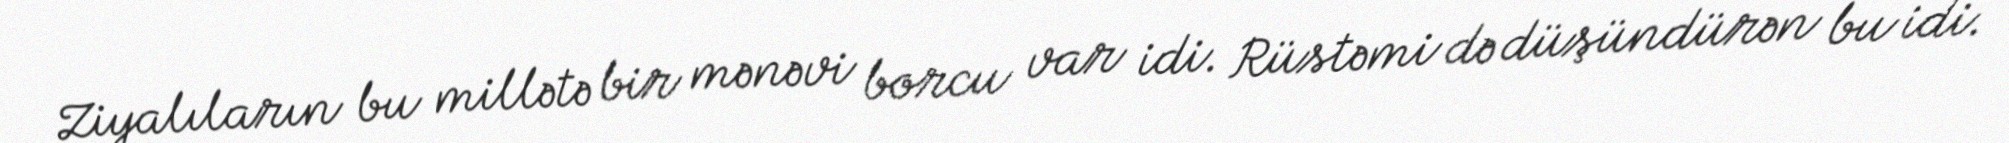
Ziyalıların bu millətə bir mənəvi borcu var idi. Rüstəmi də düşündürən bu idi.